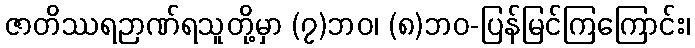
ဇာတိဿရဉာဏ်ရသူတို့မှာ (၇)ဘဝ၊ (၈)ဘဝ-ပြန်မြင်ကြကြောင်း၊